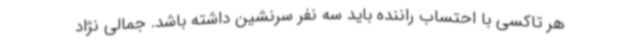
هر تاکسی با احتساب راننده باید سه نفر سرنشین داشته باشد. جمالی نژاد